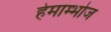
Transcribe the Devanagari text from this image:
हेमाम्भोज